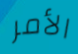
الأمر